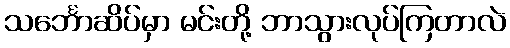
သင်္ဘောဆိပ်မှာ မင်းတို့ ဘာသွားလုပ်ကြတာလဲ